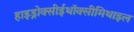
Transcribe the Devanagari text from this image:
हाइड्रोक्सीईथॉक्सीमिथाइल